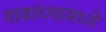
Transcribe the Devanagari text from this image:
गावांच्यामध्ये